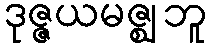
ဒုဇ္ဇယမဇ္ဈဘူ